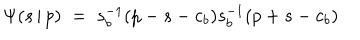
LaTeX: \Psi ( s \, | \, p ) \; = \; s _ { b } ^ { - 1 } ( p - s - c _ { b } ) s _ { b } ^ { - 1 } ( p + s - c _ { b } )